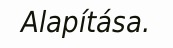
Alapítása.